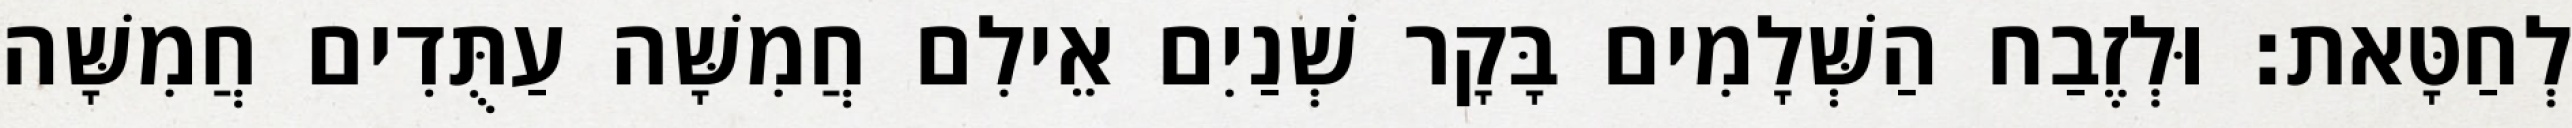
לְחַטָּאת׃ וּלְזֶבַח הַשְּׁלָמִים בָּקָר שְׁנַיִם אֵילִם חֲמִשָּׁה עַתֻּדִים חֲמִשָּׁה